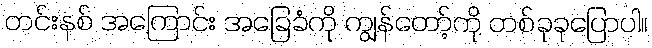
တင်းနစ် အကြောင်း အခြေခံကို ကျွန်တော့်ကို တစ်ခုခုပြောပါ။